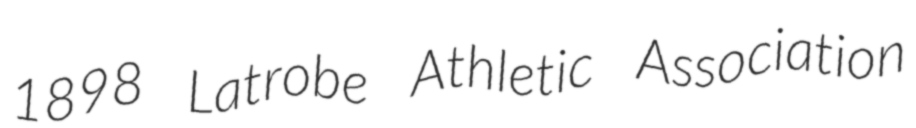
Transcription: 1898 Latrobe Athletic Association